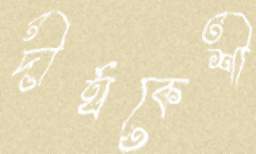
দীর্ঘকেশী